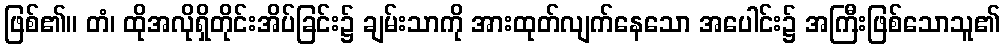
ဖြစ်၏။ တံ၊ ထိုအလိုရှိတိုင်းအိပ်ခြင်း၌ ချမ်းသာကို အားထုတ်လျက်နေသော အပေါင်း၌ အကြီးဖြစ်သောသူ၏